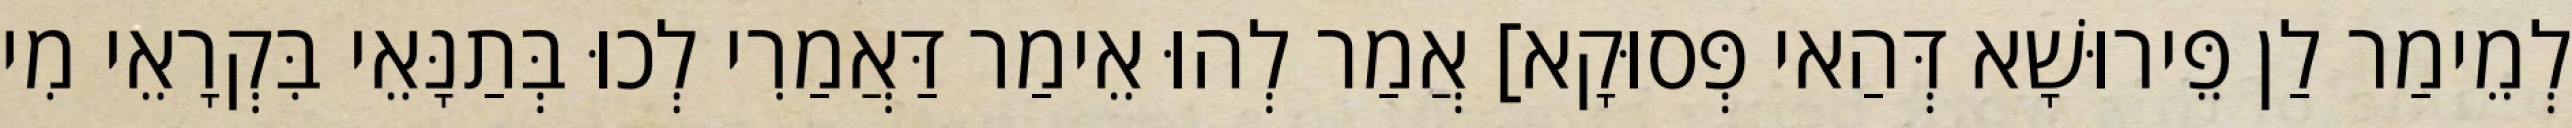
לְמֵימַר לַן פֵּירוּשָׁא דְּהַאי פְּסוּקָא] אֲמַר לְהוּ אֵימַר דַּאֲמַרִי לְכוּ בְּתַנָּאֵי בִּקְרָאֵי מִי